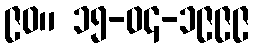
၉၀။ ၁၅-၀၄-၁၉၉၉